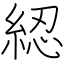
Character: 綛